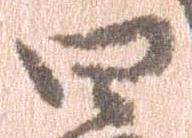
四